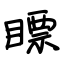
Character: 瞟